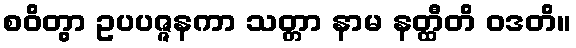
စဝိတွာ ဥပပဇ္ဇနကာ သတ္တာ နာမ နတ္ထီတိ ဝဒတိ။